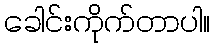
ခေါင်းကိုက်တာပါ။